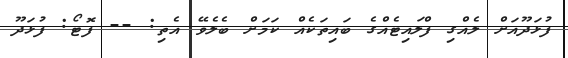
ފުޅަދޫއަށް ލެއްގި ފްލައިޓެއްގެ ބައިތަކެއް ކަމަށް ބެލެވޭ އެތި: -- ފޮޓޯ: ފުޅަދޫ